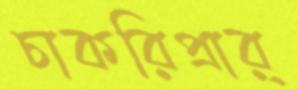
চাকরিপ্রার্